system: You are a helpful assistant.
user:
Analyze the provided spectrum to determine if it is a **"Cataclysmic Variables (CV)"**.

- **Key Indicators for CV (Check for either state):**
    - **State 1: Quiescent / Low-State (Emission-Dominated)**
        - **(Primary):** Strong and *very broad* Hydrogen Balmer emission lines (e.g., $H\alpha$ at 6563 Å, $H\beta$ at 4861 Å). The 'broadness' (high velocity dispersion, often FWHM > 1000 km/s) is the key diagnostic, indicating a high-velocity accretion disk.
        - **(Secondary):** Broad neutral Helium (He I) emission lines (e.g., 5876 Å, 6678 Å).
        - **(Key Confirmation):** Presence of high-excitation *ionized* Helium (He II) emission at 4686 Å. This is a strong indicator of accretion onto a white dwarf.
        - **(Line Profile):** Emission lines may exhibit a 'double-peaked' profile, which is a classic signature of a rotating accretion disk viewed at high inclination.

    - **State 2: Outburst / High-State (Absorption-Dominated)**
        - **(Primary):** Spectrum is dominated by a bright, blue continuum (looks like a hot star).
        - **(Secondary):** The emission lines from State 1 are weak, absent, or 'filled in', and are replaced by broad, shallow *absorption* lines (primarily Balmer and He I).
        - **(Morphology):** The overall spectrum mimics a hot B/A-type star. The crucial difference is that the absorption lines are significantly broader, shallower, and more 'washed-out' (or 'smeared') than the sharp lines of a normal stellar photosphere, due to high rotational speeds and pressure broadening in the disk.

Think first, call **spectral_visualization_tool** if needed to examine features in detail, then provide your final answer. Your response must adhere to the following strict rules:
1.  **Overall Structure:** Your response must follow the format `<think>...</think> <tool_call>...</tool_call> (if a tool is used) <answer>...</answer>`.
2.  **Tool Usage Constraint:** You may only make **one** tool call per turn.
3.  **Final Answer Format:** In the `<answer>` tag, your conclusion must be inside a `\boxed{}` command (e.g., `\boxed{YES}`), followed by your justification.

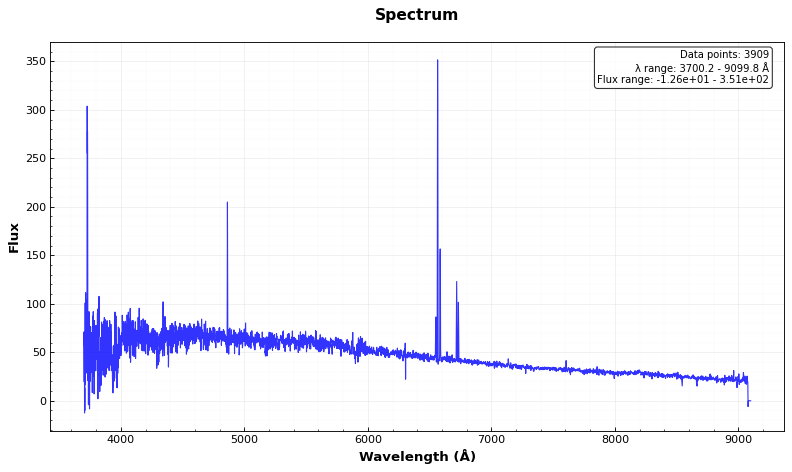
Answer: NO